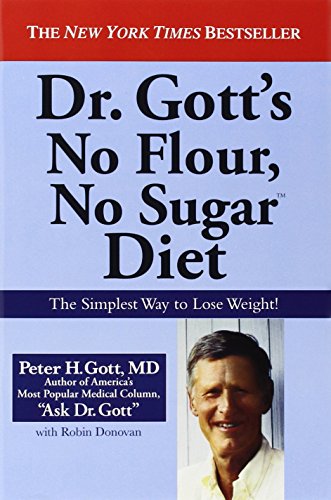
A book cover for Dr. Gott's No Flour, No Sugar(TM) Diet; Peter H. Gott; Cookbooks, Food & Wine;